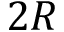
2 R